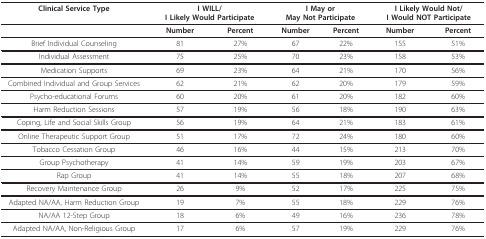
<table><thead><tr><td><b>Clinical Service Type</b></td><td colspan="2"><b>I WILL/I Likely Would Participate</b></td><td colspan="2"><b>I May orMay Not Participate</b></td><td colspan="2"><b>I Likely Would Not/I Would NOT Participate</b></td></tr></thead><tbody><tr><td></td><td><b>Number</b></td><td><b>Percent</b></td><td><b>Number</b></td><td><b>Percent</b></td><td><b>Number</b></td><td><b>Percent</b></td></tr><tr><td>Brief Individual Counseling</td><td>81</td><td>27%</td><td>67</td><td>22%</td><td>155</td><td>51%</td></tr><tr><td>Individual Assessment</td><td>75</td><td>25%</td><td>70</td><td>23%</td><td>158</td><td>53%</td></tr><tr><td>Medication Supports</td><td>69</td><td>23%</td><td>64</td><td>21%</td><td>170</td><td>56%</td></tr><tr><td>Combined Individual and Group Services</td><td>62</td><td>21%</td><td>62</td><td>20%</td><td>179</td><td>59%</td></tr><tr><td>Psycho-educational Forums</td><td>60</td><td>20%</td><td>61</td><td>20%</td><td>182</td><td>60%</td></tr><tr><td>Harm Reduction Sessions</td><td>57</td><td>19%</td><td>56</td><td>18%</td><td>190</td><td>63%</td></tr><tr><td>Coping, Life and Social Skills Group</td><td>56</td><td>19%</td><td>64</td><td>21%</td><td>183</td><td>61%</td></tr><tr><td>Online Therapeutic Support Group</td><td>51</td><td>17%</td><td>72</td><td>24%</td><td>180</td><td>60%</td></tr><tr><td>Tobacco Cessation Group</td><td>46</td><td>16%</td><td>44</td><td>15%</td><td>213</td><td>70%</td></tr><tr><td>Group Psychotherapy</td><td>41</td><td>14%</td><td>59</td><td>19%</td><td>203</td><td>67%</td></tr><tr><td>Rap Group</td><td>41</td><td>14%</td><td>55</td><td>18%</td><td>207</td><td>68%</td></tr><tr><td>Recovery Maintenance Group</td><td>26</td><td>9%</td><td>52</td><td>17%</td><td>225</td><td>75%</td></tr><tr><td>Adapted NA/AA, Harm Reduction Group</td><td>19</td><td>7%</td><td>55</td><td>18%</td><td>229</td><td>76%</td></tr><tr><td>NA/AA 12-Step Group</td><td>18</td><td>6%</td><td>49</td><td>16%</td><td>236</td><td>78%</td></tr><tr><td>Adapted NA/AA, Non-Religious Group</td><td>17</td><td>6%</td><td>57</td><td>19%</td><td>229</td><td>76%</td></tr></tbody></table>